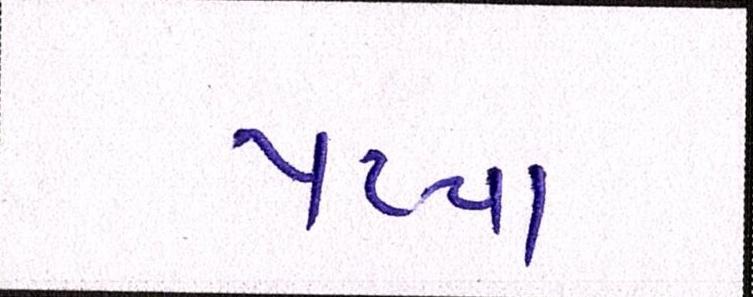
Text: પપ્પા